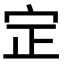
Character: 𡧡